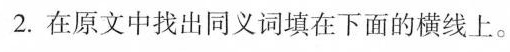
2.在原文中找出同义词填在下面的横线上。